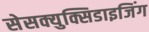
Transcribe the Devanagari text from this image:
सेसक्युक्सिडाइजिंग